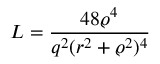
{ \cal L } = \frac { 4 8 \varrho ^ { 4 } } { q ^ { 2 } ( r ^ { 2 } + \varrho ^ { 2 } ) ^ { 4 } }